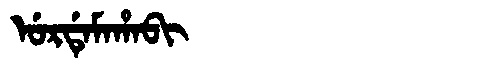
Manchu: ᡠᡵᡩᡝᠮᠠᡥᠠᠪᡳ
Romanization: URDEMAHABI